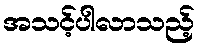
အသင့်ပါလာသည့်